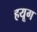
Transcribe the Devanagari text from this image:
हयूग